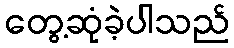
တွေ့ဆုံခဲ့ပါသည်